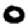
Digit: 0